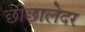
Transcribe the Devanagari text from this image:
छीछालेदर